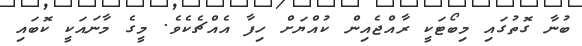
ބުނާ ގޮތުގައި މިބޯޓަކީ ރާއްޖެއިން ކުއްޔަށް ހިފާ އެއްޗެކެވެ. މީގެ މާނައަކީ ކޮބައި